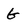
Character: G